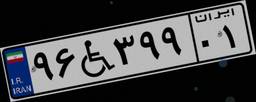
۳۴W۹۵۶۹۸